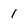
Character: 1